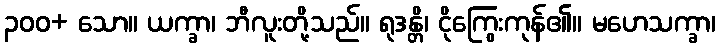
၃၀၀+ သော။ ယက္ခာ၊ ဘီလူးတို့သည်။ ရုဒန္တိ၊ ငိုကြွေးကုန်၏။ မဟေသက္ခာ၊